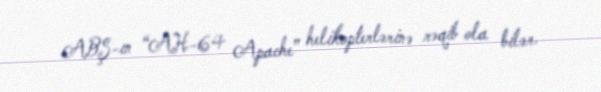
ABŞ-ın “AH-64 Apache” helikopterlərinə rəqib ola bilər.